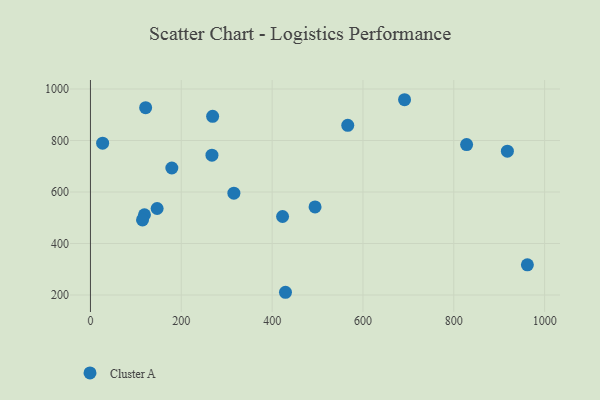
{"axis": {"x": "Engine Size", "y": "Demand"}, "legend": ["Cluster A"], "data": [{"x": "121.5", "y": 927.6, "type": "Cluster A"}, {"x": "691.6", "y": 958.4, "type": "Cluster A"}, {"x": "26.8", "y": 789.6, "type": "Cluster A"}, {"x": "315.8", "y": 595.3, "type": "Cluster A"}, {"x": "429.4", "y": 210.6, "type": "Cluster A"}, {"x": "566.5", "y": 858.9, "type": "Cluster A"}, {"x": "118.9", "y": 511.7, "type": "Cluster A"}, {"x": "423.0", "y": 504.9, "type": "Cluster A"}, {"x": "179.2", "y": 693.3, "type": "Cluster A"}, {"x": "828.2", "y": 784.3, "type": "Cluster A"}, {"x": "146.8", "y": 535.9, "type": "Cluster A"}, {"x": "267.5", "y": 742.9, "type": "Cluster A"}, {"x": "269.0", "y": 893.8, "type": "Cluster A"}, {"x": "114.6", "y": 491.5, "type": "Cluster A"}, {"x": "918.0", "y": 758.6, "type": "Cluster A"}, {"x": "494.5", "y": 542.2, "type": "Cluster A"}, {"x": "962.0", "y": 317.2, "type": "Cluster A"}]}